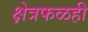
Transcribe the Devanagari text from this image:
क्षेत्रफळही